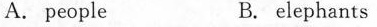
A.people B. elephants